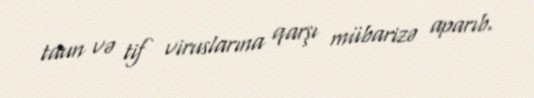
taun və tif viruslarına qarşı mübarizə aparıb.